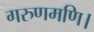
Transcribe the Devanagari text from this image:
गरुणमणि।